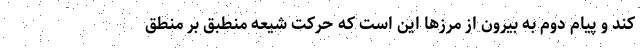
کند و پیام دوم به بیرون از مرزها این است که حرکت شیعه منطبق بر منطق